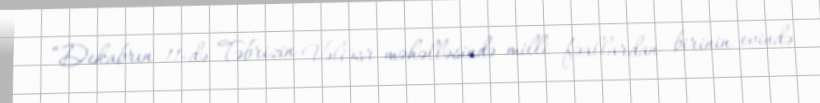
“Dekabrın 11-də Təbrizin Vəliəsr məhəlləsində milli fəallardan birinin evində